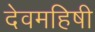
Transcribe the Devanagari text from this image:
देवमहिषी